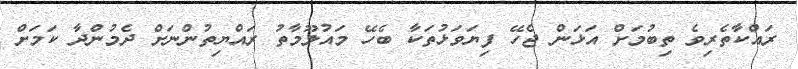
ރައްކާތެރިވެ ތިބުމަށް އަޅަން ޖެހޭ ފިޔަވަޅުތަކާ ބެހޭ މައުލޫމާތު ރައްޔިތުންނަށް ދެމުންދާ ކަމަށް